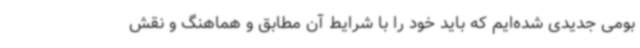
بومی جدیدی شده‌ایم که باید خود را با شرایط آن مطابق و هماهنگ و نقش